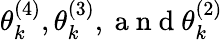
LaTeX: \theta_{k}^{(4)},\theta_{k}^{(3)},\mathrm{~a~n~d~}\theta_{k}^{(2)}